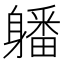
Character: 𨊄